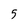
Character: 5